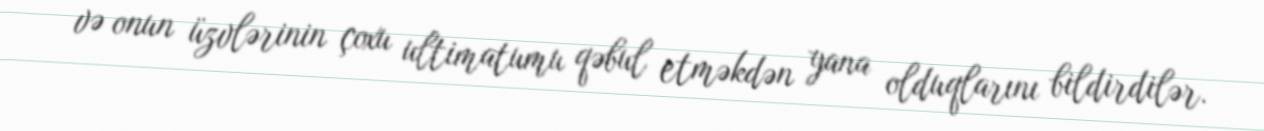
və onun üzvlərinin çoxu ultimatumu qəbul etməkdən yana olduqlarını bildirdilər.